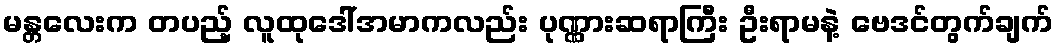
မန္တလေးက တပည့် လူထုဒေါ်အမာကလည်း ပုဏ္ဏားဆရာကြီး ဦးရာမနဲ့ ဗေဒင်တွက်ချက်